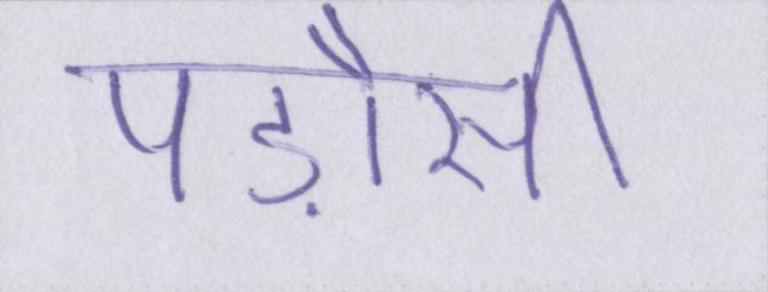
पड़ौसी